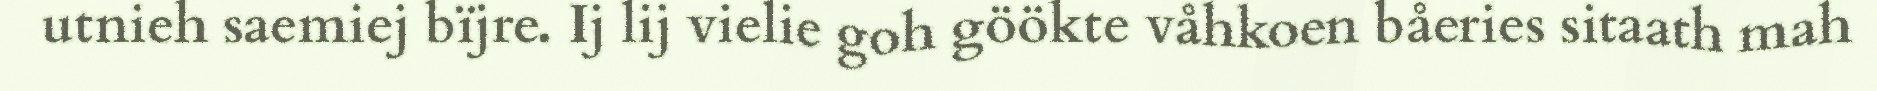
utnieh saemiej bïjre. Ij lij vielie goh göökte våhkoen båeries sitaath mah